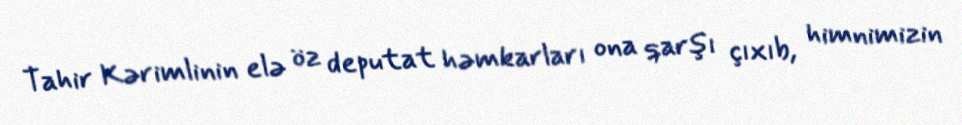
Tahir Kərimlinin elə öz deputat həmkarları ona qarşı çıxıb, himnimizin